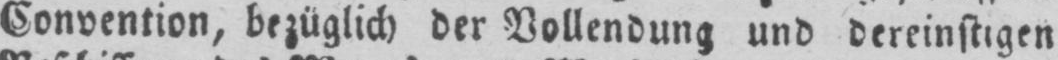
Convention, bezüglich der Vollendung und dereinstigen